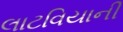
લાટવિયાની